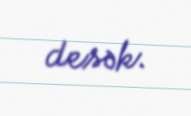
desək.